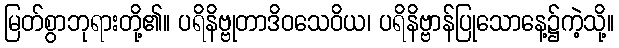
မြတ်စွာဘုရားတို့၏။ ပရိနိဗ္ဗုတာဒိဝသေဝိယ၊ ပရိနိဗ္ဗာန်ပြုသောနေ့၌ကဲ့သို့။